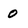
Character: 0